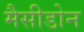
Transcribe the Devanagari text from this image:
मैसीडोन